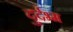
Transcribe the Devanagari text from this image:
दुर्दभ्म